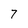
Character: 7